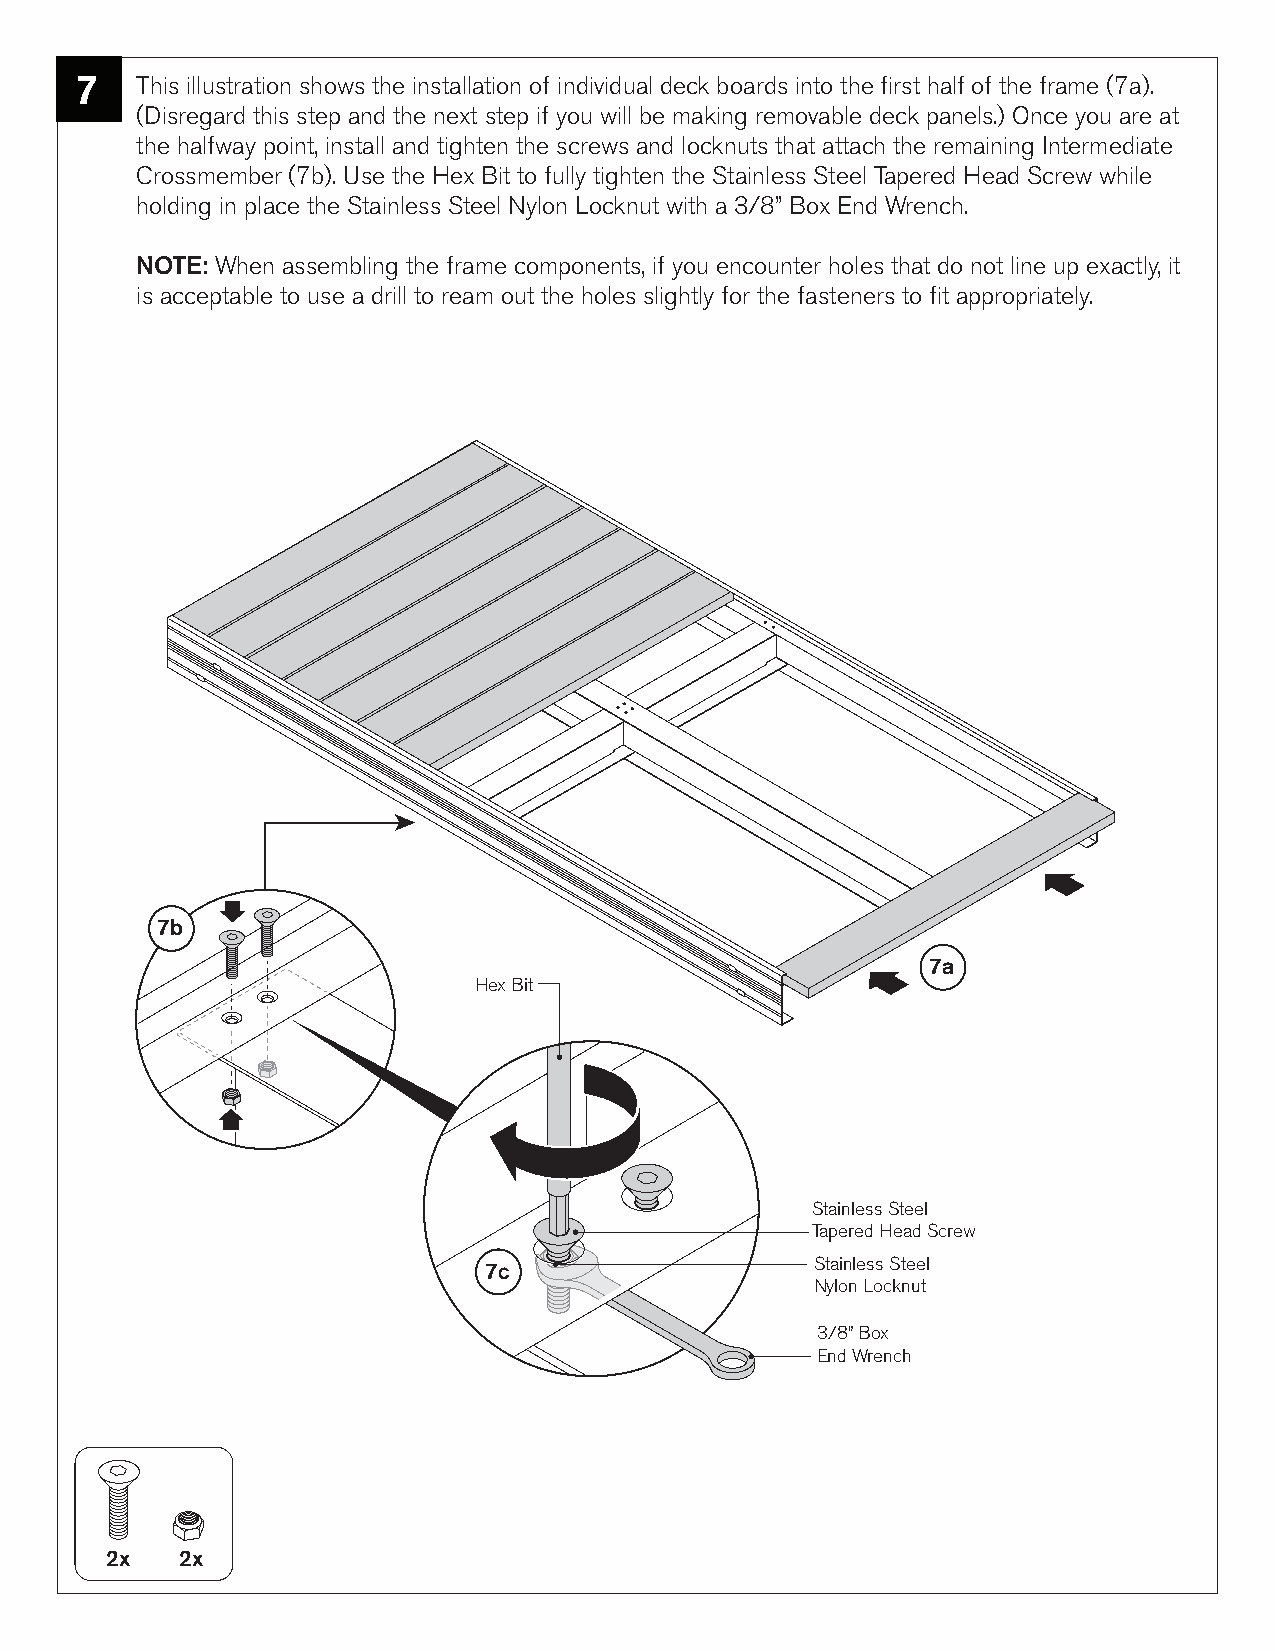
7   This illustration shows the installation of individual deck boards into the first half of the frame (7a).
 (Disregard this step and the next step if you will be making removable deck panels.) Once you are at
 the halfway point, install and tighten the screws and locknuts that attach the remaining Intermediate
 Crossmember (7b). Use the Hex Bit to fully tighten the Stainless Steel Tapered Head Screw while
 holding in place the Stainless Steel Nylon Locknut with a 3/8” Box End Wrench.
 NOTE: When assembling the frame components, if you encounter holes that do not line up exactly, it
 is acceptable to use a drill to ream out the holes slightly for the fasteners to fit appropriately.
 7b
 7a
 Hex Bit
 Stainless Steel
 Tapered Head Screw
 7c                    Stainless Steel
 Nylon Locknut
 3/8” Box
 End Wrench
 2x   2x